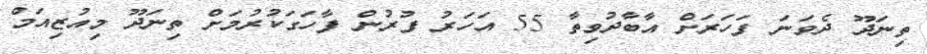
ތިނަދޫ ދެވަނަ ފަހަރަށް އާބާދުވިތާ 55 އަހަރު ފުރުން ފާހަގަކުރުމަށް ތިނަދޫ މިއުޒިއަމް